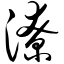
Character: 潦